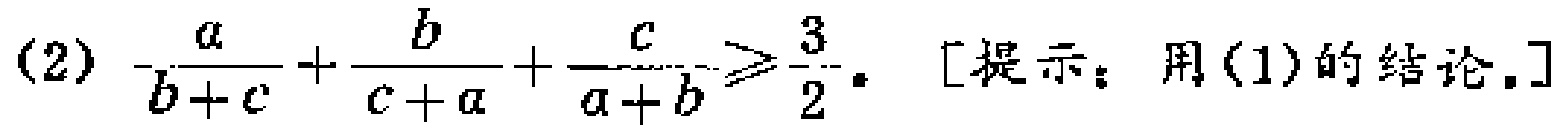
(2) $\frac{a}{b + c}+\frac{b}{c + a}+\frac{c}{a + b}\geqslant\frac{3}{2}$. [提示：用(1)的结论.]